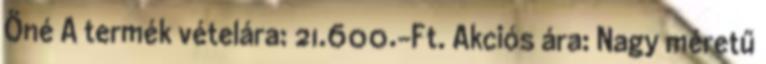
Öné A termék vételára: 21.600.-Ft. Akciós ára: Nagy méretű